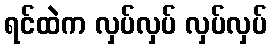
ရင်ထဲက လှပ်လှပ် လှပ်လှပ်